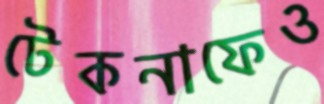
টেকনাফেও